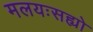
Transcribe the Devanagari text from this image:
मलयःसह्यो